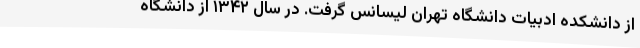
از دانشکده ادبیات دانشگاه تهران لیسانس گرفت. در سال ۱۳۴۲ از دانشگاه